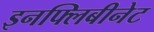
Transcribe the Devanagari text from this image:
इनफ्लिबीनेट